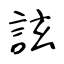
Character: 詃